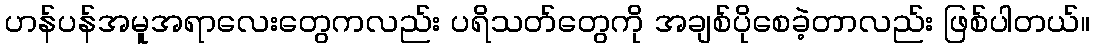
ဟန်ပန်အမူအရာလေးတွေကလည်း ပရိသတ်တွေကို အချစ်ပိုစေခဲ့တာလည်း ဖြစ်ပါတယ်။